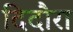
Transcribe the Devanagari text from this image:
दिदौरा